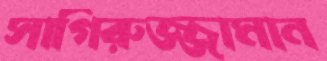
সাগিরুজ্জামান